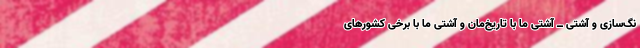
نگ‌سازی و آشتی ــ‌ آشتیِ ما با تاریخ‌مان و آشتیِ ما با برخی کشورهای